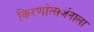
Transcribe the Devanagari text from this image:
किरणोत्सर्जनाला